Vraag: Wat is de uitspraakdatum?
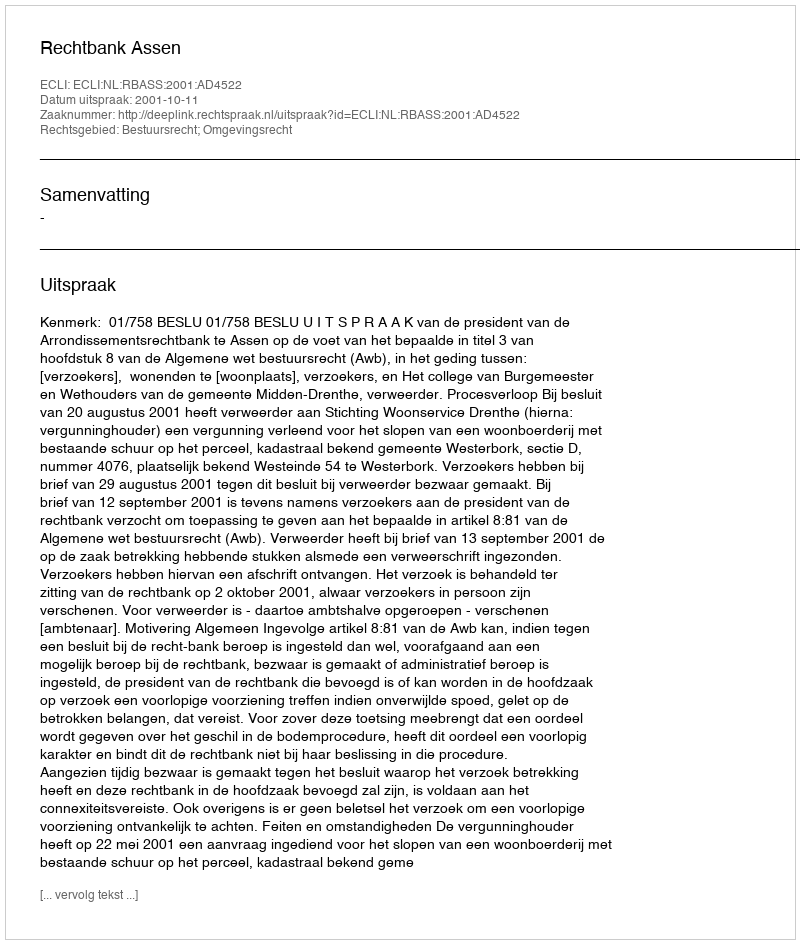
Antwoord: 2001-10-11